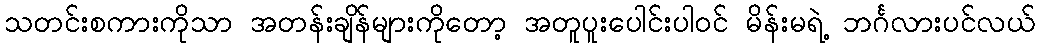
သတင်းစကားကိုသာ အတန်းချိန်များကိုတော့ အတူပူးပေါင်းပါဝင် မိန်းမရဲ့ ဘင်္ဂလားပင်လယ်